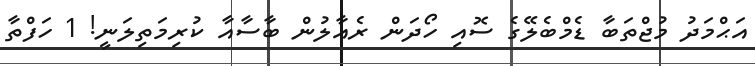
އަޙްމަދު މުޖްތަބާ ޑެމްބެލޭގެ ސޮއި ހޯދަން ރެއާލުން ބާސާއާ ކުރިމަތިލަނީ! 1 ހަފްތާ